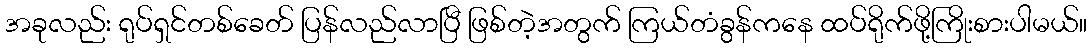
အခုလည်း ရုပ်ရှင်တစ်ခေတ် ပြန်လည်လာပြီ ဖြစ်တဲ့အတွက် ကြယ်တံခွန်ကနေ ထပ်ရိုက်ဖို့ကြိုးစားပါမယ်။